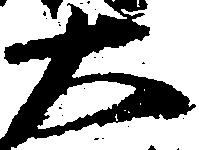
大